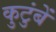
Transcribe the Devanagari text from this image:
कुटुंबें